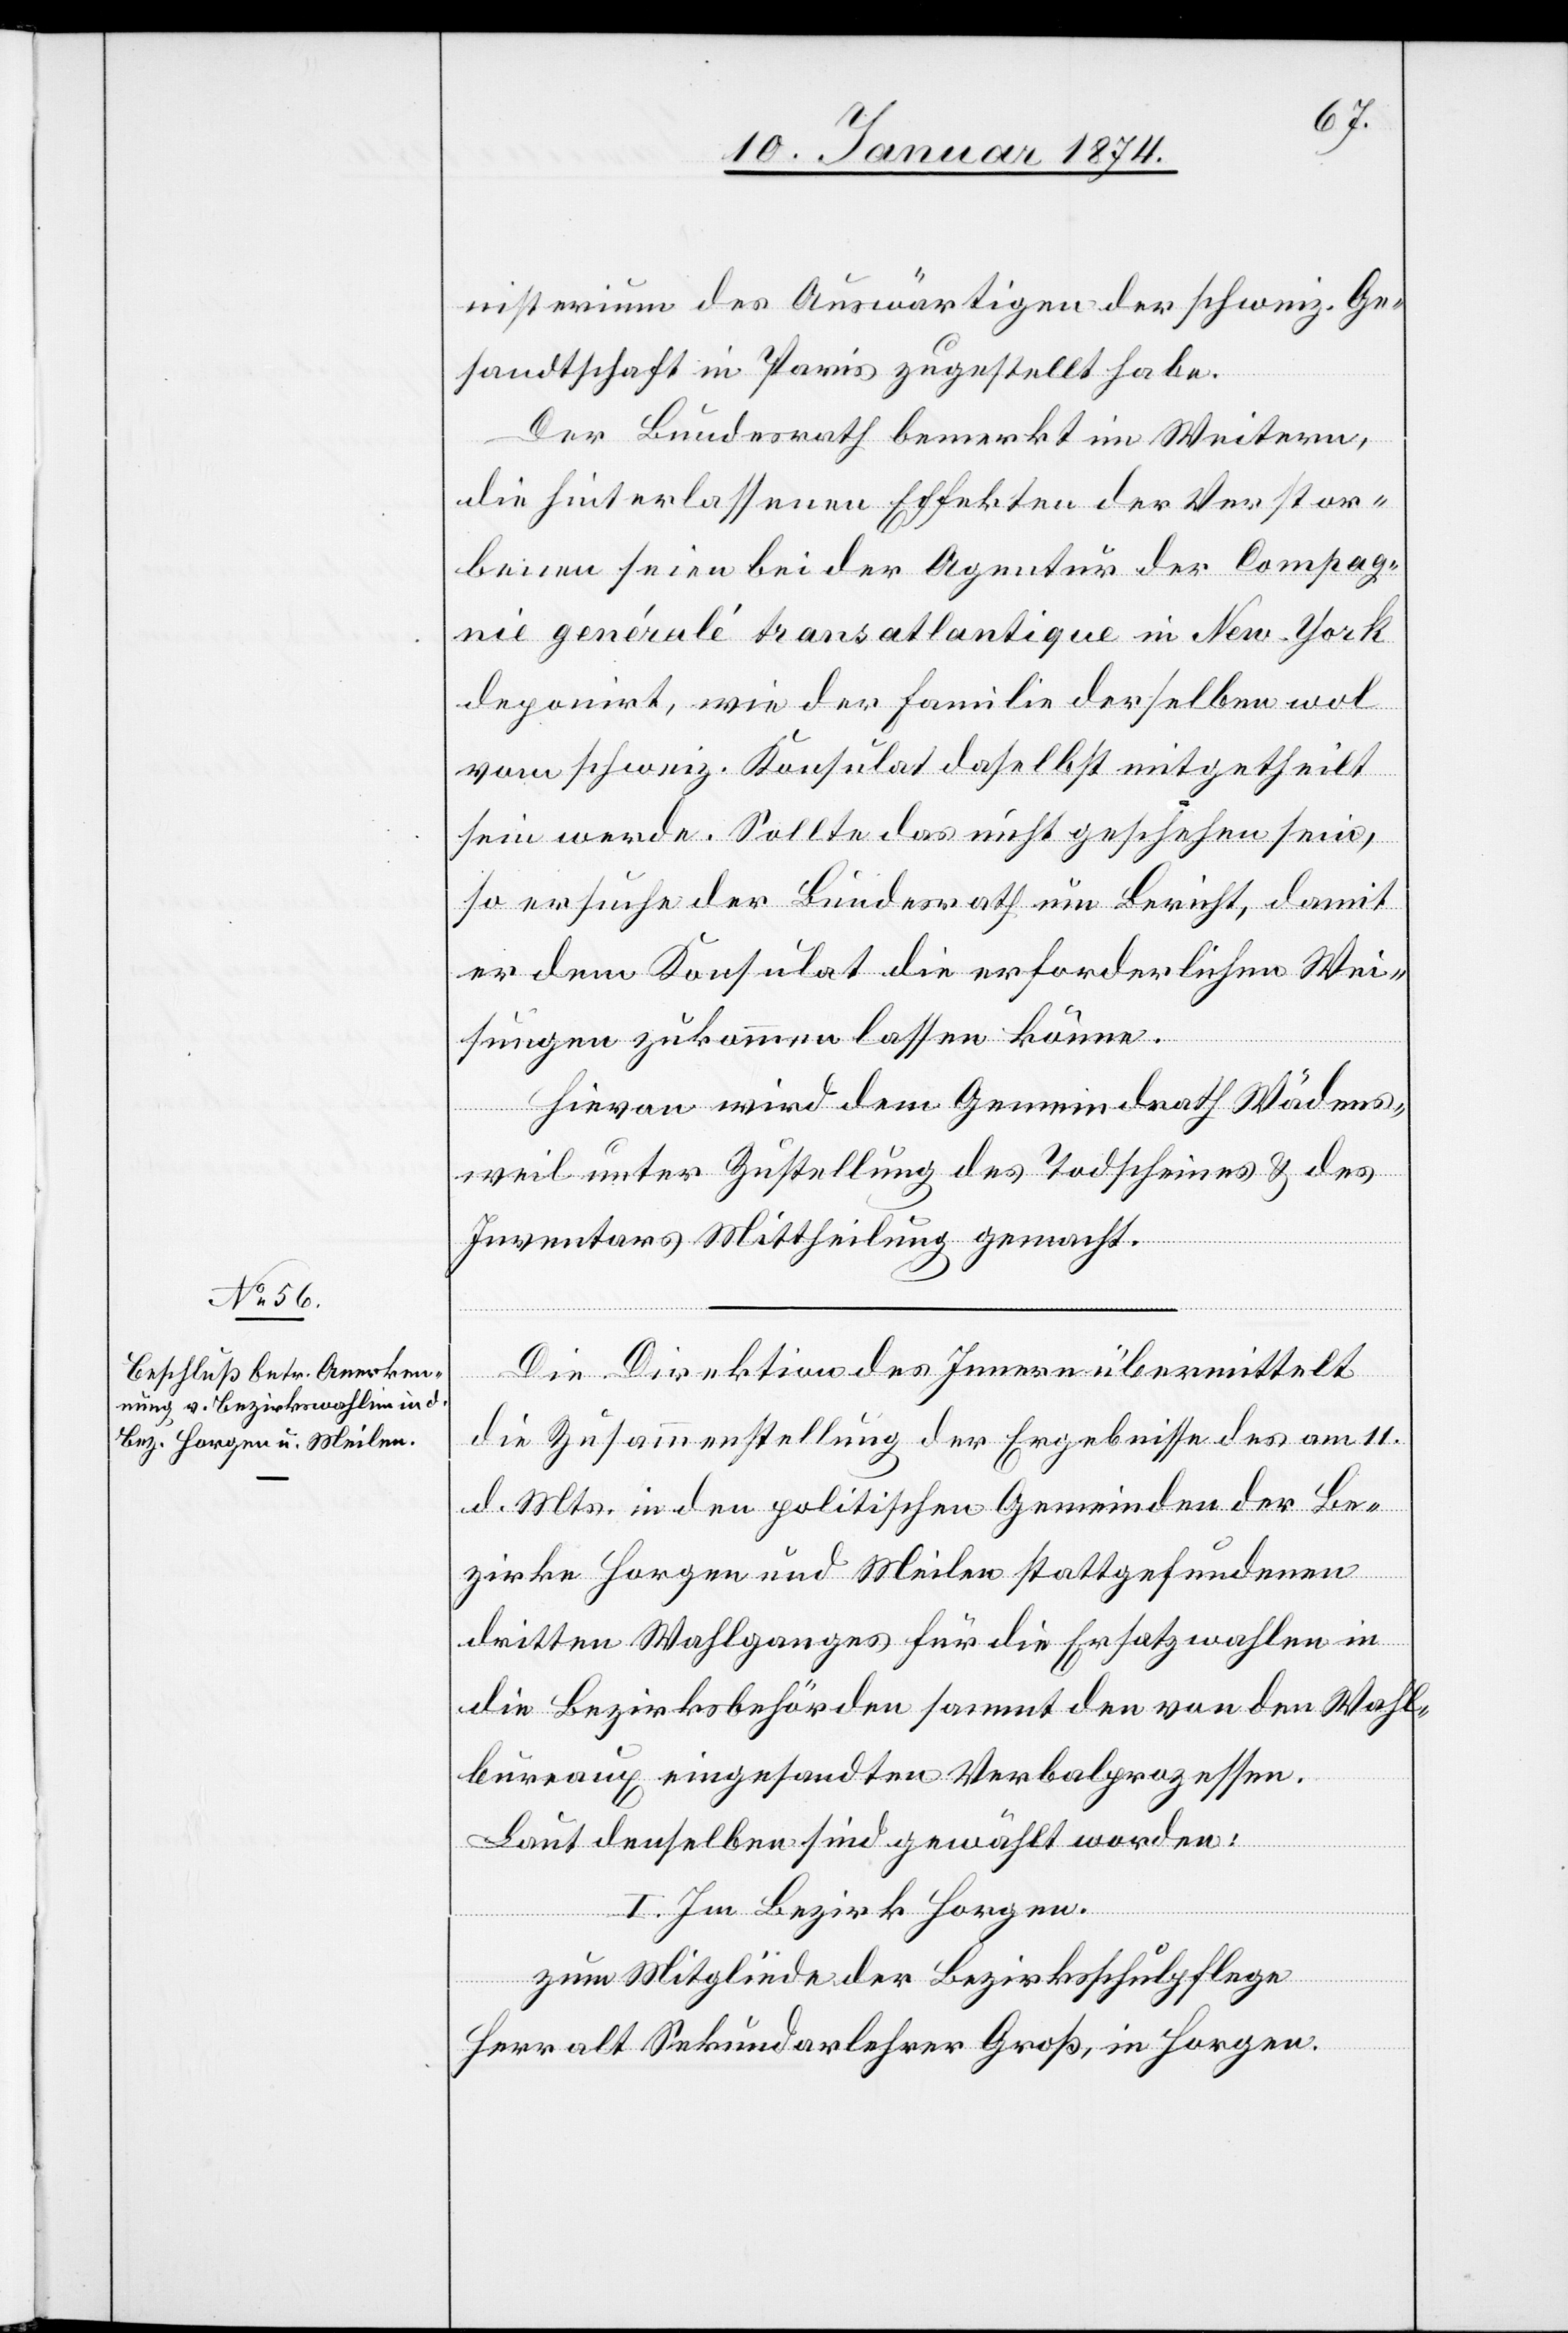
13. Januar 1874.]
nisterium des Auswärtigen der schweiz. Ge¬
sandtschaft in Paris zugestellt habe.
Der Bundesrath bemerkt im Weiteren,
die hinterlassenen Effekten der Verstor¬
benen seien bei der Agentur der Compag¬
nie genéralé transatlantique in New-York
deponirt, wie der Familie derselben wol
vom schweiz. Konsulat daselbst mitgetheilt
sein werde. Sollte das nicht geschehen sein,
so ersuche der Bundesrath um Bericht, damit
er dem Konsulat die erforderlichen Wei¬
sungen zukommen lassen könne.
Hievon wird dem Gemeindrath Wädens¬
weil unter Zustellung des Todscheines & des
Inventars Mittheilung gemacht.
Die Direktion des Innern übermittelt
die Zusammenstellung der Ergebnisse des am 11.
d. Mts. in den politischen Gemeinden der Be¬
zirke Horgen und Meilen stattgefundenen
dritten Wahlganges für die Ersatzwahlen in
die Bezirksbehörden sammt den von den Wahl¬
bureaux eingesandten Verbalprozessen.
Laut denselben sind gewählt worden:
I. Im Bezirk Horgen.
zum Mitgliede der Bezirksschulpflege
Herr Sekundarlehrer Groß, in Horgen.